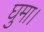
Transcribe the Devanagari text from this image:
घुमा।